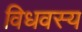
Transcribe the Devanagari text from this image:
विधवस्य